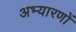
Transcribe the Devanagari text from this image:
अभ्यारणों